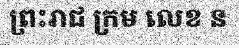
ព្រះរាជ ក្រម លេខ ន